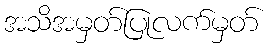
အသိအမှတ်ပြုလက်မှတ်